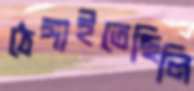
ঠেঙ্গাইতেছিলি